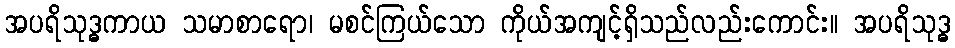
အပရိသုဒ္ဓကာယ သမာစာရော၊ မစင်ကြယ်သော ကိုယ်အကျင့်ရှိသည်လည်းကောင်း။ အပရိသုဒ္ဓ